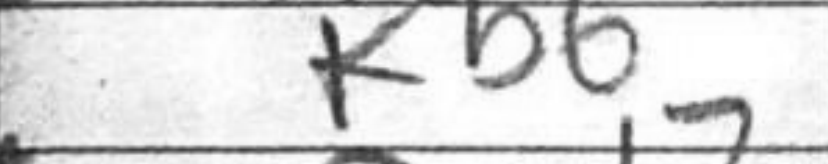
Transcription: Kb6